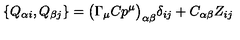
\{ Q _ { \alpha i } , Q _ { \beta j } \} = \bigl ( \Gamma _ { \mu } C p ^ { \mu } \bigr ) _ { \alpha \beta } \delta _ { i j } + C _ { \alpha \beta } Z _ { i j }